Annual administration report of the Civil Veterinary Department of India - 1894-1895
Year: 1894
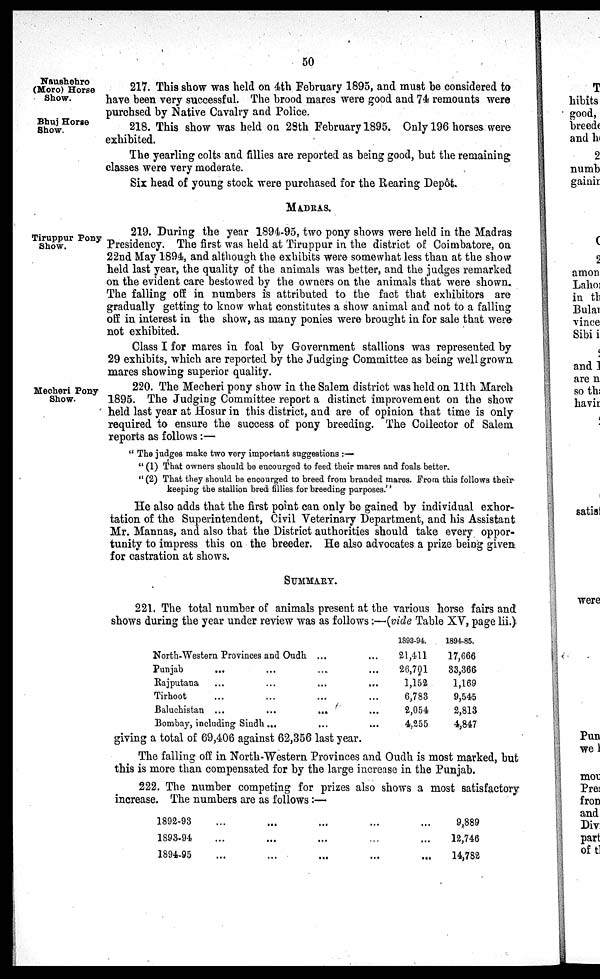
50
Naushehro
(Moro) Horse
Show.
217. This show was held on 4th February 1895, and must be considered to
have been very successful. The brood mares were good and 74 remounts were
purchsed by Native Cavalry and Police.
Bhuj Horse
Show.
218. This show was held on 28th February 1895. Only 196 horses were
exhibited.
The yearling colts and fillies are reported as being good, but the remaining
classes were very moderate.
Six head of young stock were purchased for the Rearing Depôt.
MADRAS.
Tiruppur Pony
Show.
219. During the year 1894-95, two pony shows were held in the Madras
Presidency. The first was held at Tiruppur in the district of Coimbatore, on
22nd May 1894, and although the exhibits were somewhat less than at the show
held last year, the quality of the animals was better, and the judges remarked
on the evident care bestowed by the owners on the animals that were shown.
The falling off in numbers is attributed to the fact that exhibitors are
gradually getting to know what constitutes a show animal and not to a falling
off in interest in the show, as many ponies were brought in for sale that were
not exhibited.
Class I for mares in foal by Government stallions was represented by
29 exhibits, which are reported by the Judging Committee as being well grown
mares showing superior quality.
Mecheri Pony
Show.
220. The Mecheri pony show in the Salem district was held on 11th March
1895. The Judging Committee report a distinct improvement on the show
held last year at Hosur in this district, and are of opinion that time is only
required to ensure the success of pony breeding. The Collector of Salem
reports as follows :—
" The judges make two very important suggestions :—
" (1) That owners should be encourged to feed their mares and foals better.
" (2) That they should be encourged to breed from branded mares. From this follows their
keeping the stallion bred fillies for breeding purposes."
He also adds that the first point can only be gained by individual exhor-
tation of the Superintendent, Civil Veterinary Department, and his Assistant
Mr. Mannas, and also that the District authorities should take every oppor-
tunity to impress this on the breeder. He also advocates a prize being given
for castration at shows.
SUMMARY.
221. The total number of animals present at the various horse fairs and
shows during the year under review was as follows:—(vide Table XV, page lii.)
North-Western Provinces and Oudh ...
...
Punjab
...
...
...
...
Rajputana
...
...
...
...
Tirhoot
...
...
...
...
Baluchistan ...
...
...
...
Bombay, including Sindh...
...
...
1893-94.
21,411
26,701
1,152
6,783
2,054
4,255
1894-85.
17,666
83,366
1,169
9,545
2,813
4,847
giving a total of 69,406 against 62,356 last year.
The falling off in North-Western Provinces and Oudh is most marked, but
this is more than compensated for by the large increase in the Punjab.
222. The number competing for prizes also shows a most satisfactory
increase. The numbers are as follows :—
1892-93
1893-94
1894-95
...
...
...
...
...
...
...
...
...
...
...
...
...
...
...
9,889
12,746
14,782